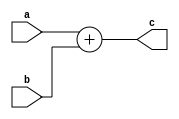
module Adder(
    input  [63:0] a,
    input  [63:0] b,
    output [63:0] c
);
    assign c = a + b;
    
endmodule